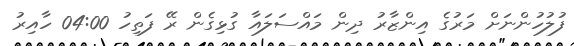
ފުލުހުންނަށް މަރުގެ އިންޒާރު ދިން މައްސަލައާ ގުޅިގެން ރޭ ފަތިހު 04:00 ހާއިރު